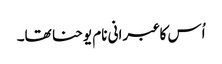
اُس کا عبرانی نام یوحنا تھا۔